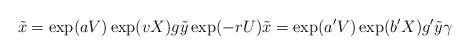
LaTeX: \begin{align*}\tilde{x} = \exp(aV)\exp(vX)g\tilde{y} \exp(-rU)\tilde{x}=\exp(a'V)\exp(b'X)g'\tilde{y}\gamma\end{align*}